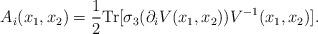
LaTeX: \begin{align*}A_i(x_1,x_2)=\frac{1}{2} {\rm Tr}[\sigma_3(\partial_iV(x_1,x_2))V^{-1}(x_1,x_2)].\end{align*}